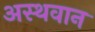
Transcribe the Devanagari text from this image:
अस्थवान